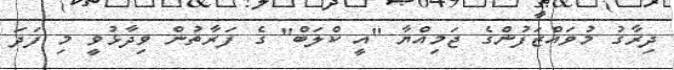
ދިރާގު މުވައްޒަފުންގެ ޖަމިއްޔާ "އީ ކްލަބް" ގެ ފަރާތުން ވިދާޅުވީ މި ފަދަ